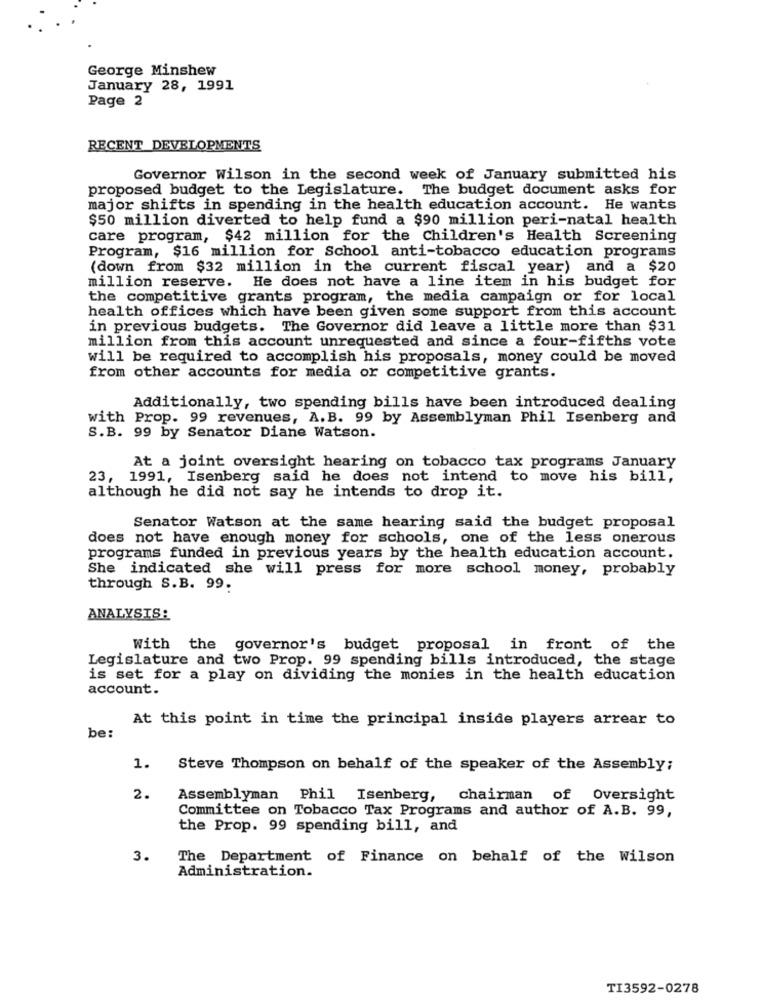
George Minshew
January 28, 1991
Page 2
RECENT DEVELOPMENTS
Governor Wilson in the second week of January submitted his
proposed budget to the Legislature. The budget document asks for
major shifts in spending in the health education account. He wants
$50 million diverted to help fund a $90 million peri-natal health
care program, $42 million for the Children's Health Screening
Program, $16 million for School anti-tobacco education programs
(down from $32 million in the current fiscal year) and a $20
million reserve. He does not have a line item in his budget for
the competitive grants program, the media campaign or for local
health offices which have been given some support from this account
in previous budgets. The Governor did leave a little more than $31
million from this account unrequested and since a four-fifths vote
will be required to accomplish his proposals, money could be moved
from other accounts for media or competitive grants.
Additionally, two spending bills have been introduced dealing
with Prop. 99 revenues, A.B. 99 by Assemblyman Phil Isenberg and
S.B. 99 by Senator Diane Watson.
At a joint oversight hearing on tobacco tax programs January
23, 1991, Isenberg said he does not intend to move his bill,
although he did not say he intends to drop it.
Senator Watson at the same hearing said the budget proposal
does not have enough money for schools, one of the less onerous
programs funded in previous years by the health education account.
She indicated she will press for more school money, probably
through S.B. 99.
ANALYSIS:
With the governor's budget proposal in front of the
Legislature and two Prop. 99 spending bills introduced, the stage
is set for a play on dividing the monies in the health education
account.
At this point in time the principal inside players arrear to
be:
1.
Steve Thompson on behalf of the speaker of the Assembly;
2.
Assemblyman Phil Isenberg, chairman of Oversight
Committee on Tobacco Tax Programs and author of A.B. 99,
the Prop. 99 spending bill, and
3.
The Department of Finance on behalf of the Wilson
Administration.
TI3592-0278